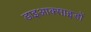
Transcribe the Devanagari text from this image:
डाइआक्साइडों